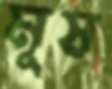
মূষ